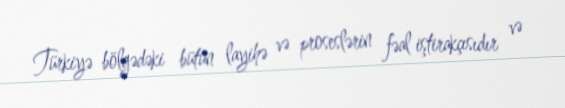
Türkiyə bölgədəki bütün layihə və proseslərin fəal iştirakçısıdır və